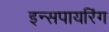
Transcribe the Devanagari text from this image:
इन्सपायरिंग